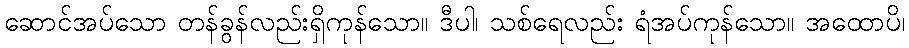
ဆောင်အပ်သော တန်ခွန်လည်းရှိကုန်သော။ ဒီပါ၊ သစ်ရေလည်း ရံအပ်ကုန်သော။ အထောပိ၊